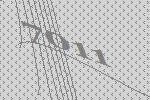
7011